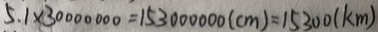
5 . 1 \times 3 0 0 0 0 0 0 0 = 1 5 3 0 0 0 0 0 0 ( c m ) = 1 5 3 0 0 ( k m )